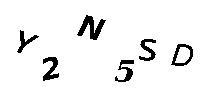
Y2N5SD